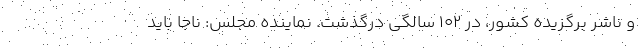
و ناشر برگزیده کشور، در ۱۰۲ سالگی درگذشت. نماینده مجلس: ناجا باید